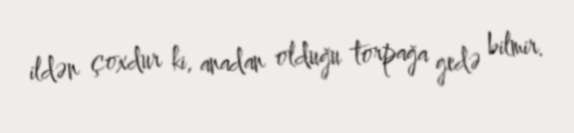
ildən çoxdur ki, anadan olduğu torpağa gedə bilmir.